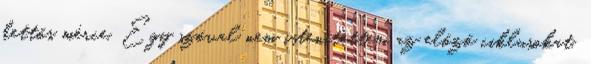
kettős mérce. Egy szóval nem istenítettem az előző ciklusokat,